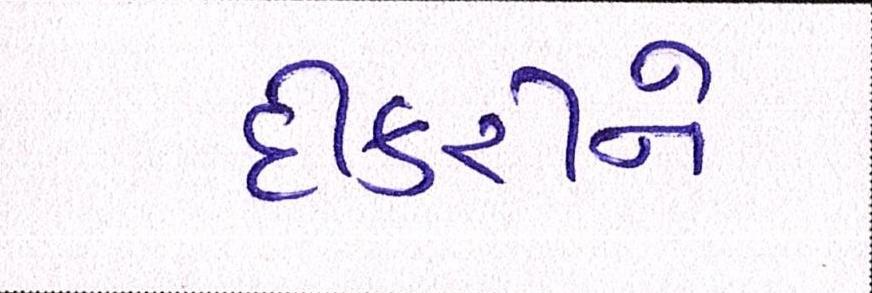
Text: દીકરીને